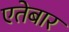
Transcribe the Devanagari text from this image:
एतेबार